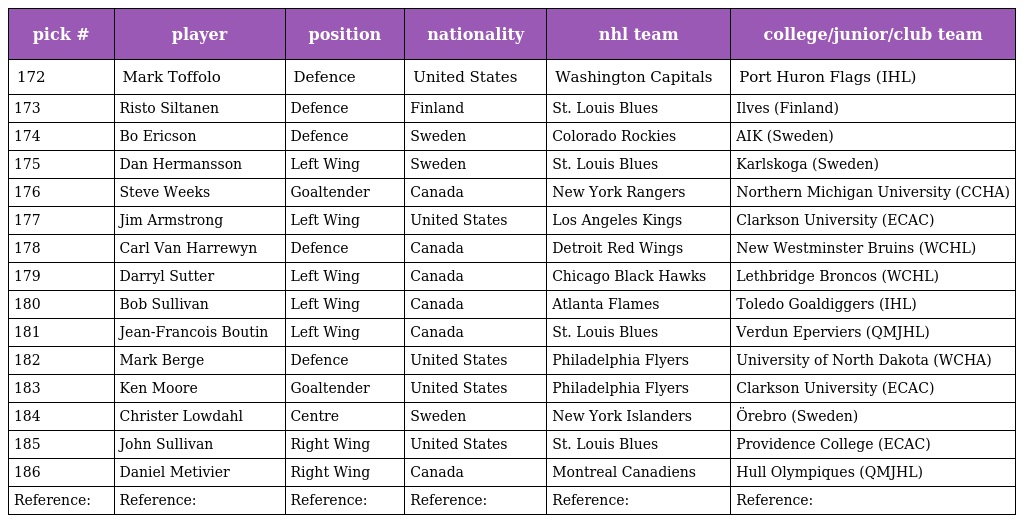
| pick # | player | position | nationality | nhl team | college/junior/club team |
 | --- | --- | --- | --- | --- | --- |
 | 172 | Mark Toffolo | Defence | United States | Washington Capitals | Port Huron Flags (IHL) |
 | 173 | Risto Siltanen | Defence | Finland | St. Louis Blues | Ilves (Finland) |
 | 174 | Bo Ericson | Defence | Sweden | Colorado Rockies | AIK (Sweden) |
 | 175 | Dan Hermansson | Left Wing | Sweden | St. Louis Blues | Karlskoga (Sweden) |
 | 176 | Steve Weeks | Goaltender | Canada | New York Rangers | Northern Michigan University (CCHA) |
 | 177 | Jim Armstrong | Left Wing | United States | Los Angeles Kings | Clarkson University (ECAC) |
 | 178 | Carl Van Harrewyn | Defence | Canada | Detroit Red Wings | New Westminster Bruins (WCHL) |
 | 179 | Darryl Sutter | Left Wing | Canada | Chicago Black Hawks | Lethbridge Broncos (WCHL) |
 | 180 | Bob Sullivan | Left Wing | Canada | Atlanta Flames | Toledo Goaldiggers (IHL) |
 | 181 | Jean-Francois Boutin | Left Wing | Canada | St. Louis Blues | Verdun Eperviers (QMJHL) |
 | 182 | Mark Berge | Defence | United States | Philadelphia Flyers | University of North Dakota (WCHA) |
 | 183 | Ken Moore | Goaltender | United States | Philadelphia Flyers | Clarkson University (ECAC) |
 | 184 | Christer Lowdahl | Centre | Sweden | New York Islanders | Örebro (Sweden) |
 | 185 | John Sullivan | Right Wing | United States | St. Louis Blues | Providence College (ECAC) |
 | 186 | Daniel Metivier | Right Wing | Canada | Montreal Canadiens | Hull Olympiques (QMJHL) |
 | Reference: | Reference: | Reference: | Reference: | Reference: | Reference: |